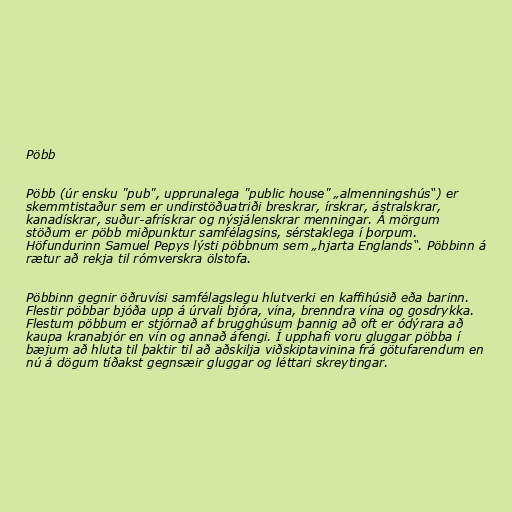
Pöbb

Pöbb (úr ensku "pub", upprunalega "public house" „almenningshús“) er
skemmtistaður sem er undirstöðuatriði breskrar, írskrar, ástralskrar,
kanadískrar, suður-afrískrar og nýsjálenskrar menningar. Á mörgum
stöðum er pöbb miðpunktur samfélagsins, sérstaklega í þorpum.
Höfundurinn Samuel Pepys lýsti pöbbnum sem „hjarta Englands“. Pöbbinn á
rætur að rekja til rómverskra ölstofa.

Pöbbinn gegnir öðruvísi samfélagslegu hlutverki en kaffihúsið eða barinn.
Flestir pöbbar bjóða upp á úrvali bjóra, vína, brenndra vína og gosdrykka.
Flestum pöbbum er stjórnað af brugghúsum þannig að oft er ódýrara að
kaupa kranabjór en vín og annað áfengi. Í upphafi voru gluggar pöbba í
bæjum að hluta til þaktir til að aðskilja viðskiptavinina frá götufarendum en
nú á dögum tíðakst gegnsæir gluggar og léttari skreytingar.